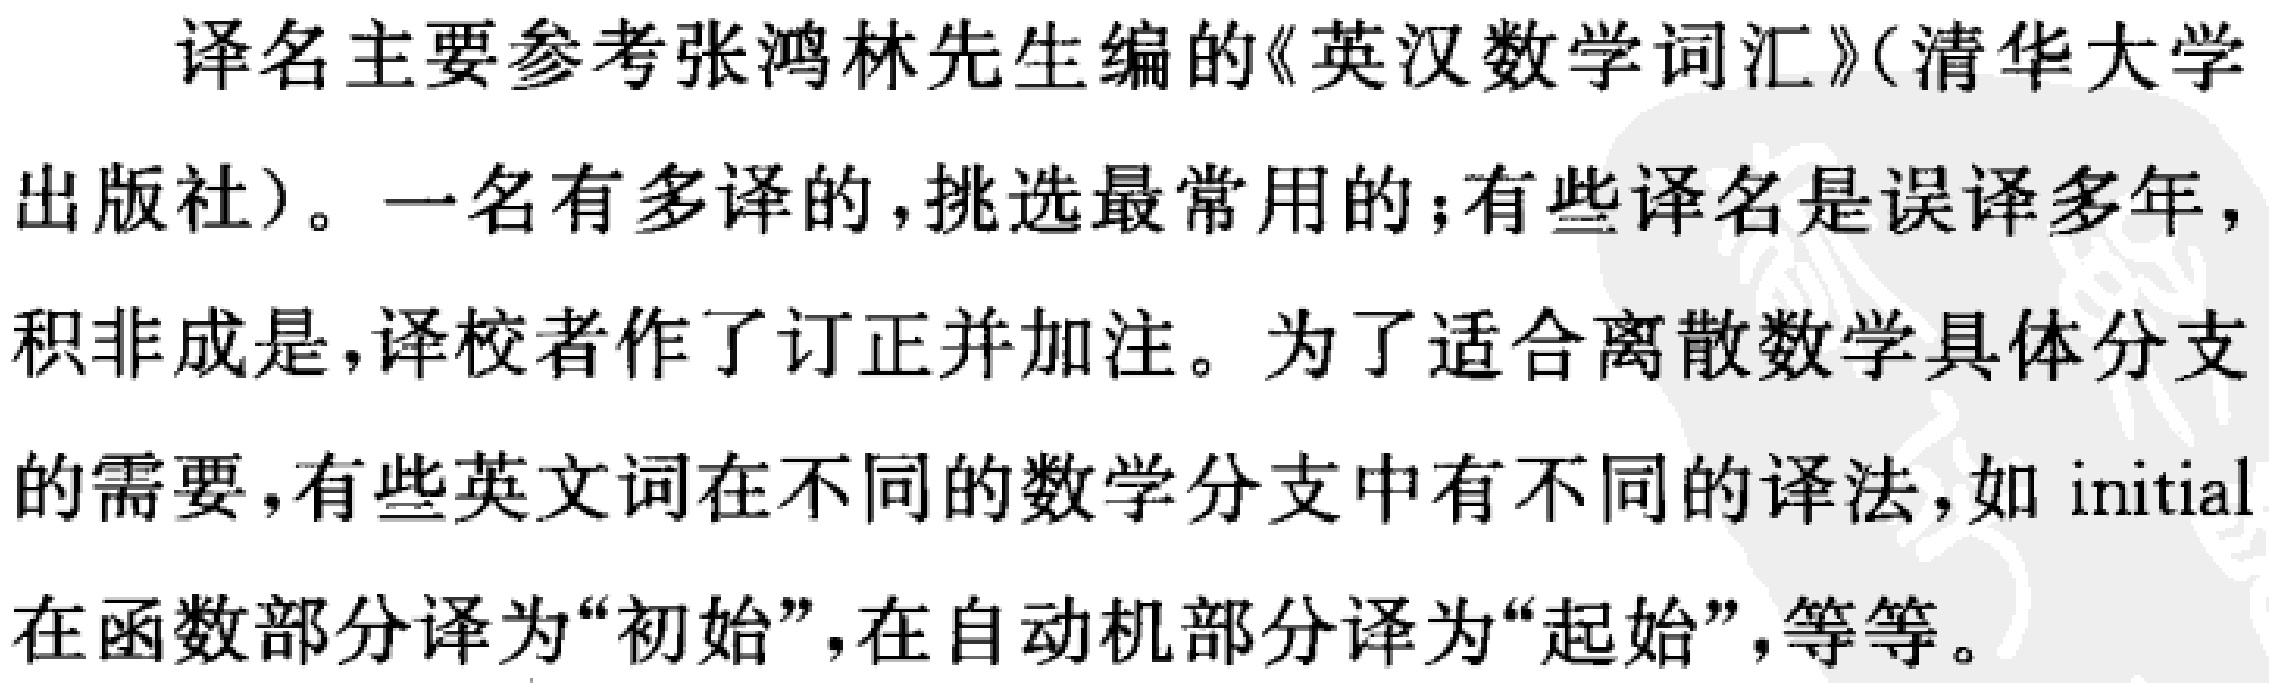
译名主要参考张鸿林先生编的《英汉数学词汇》(清华大学
出版社)。一名有多译的,挑选最常用的;有些译名是误译多年，
积非成是,译校者作了订正并加注。为了适合离散数学具体分支
的需要,有些英文词在不同的数学分支中有不同的译法,如 initial
在函数部分译为“初始”,在自动机部分译为“起始”,等等。